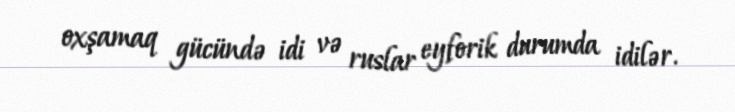
oxşamaq gücündə idi və ruslar eyforik durumda idilər.